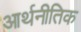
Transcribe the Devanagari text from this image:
आर्थनीतिक